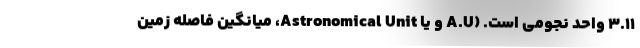
۳.۱۱ واحد نجومی است. (A.U و یا Astronomical Unit، میانگین فاصله زمین